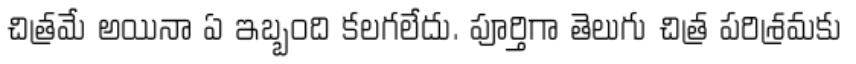
చిత్రమే అయినా ఏ ఇబ్బంది కలగలేదు. పూర్తిగా తెలుగు చిత్ర పరిశ్రమకు